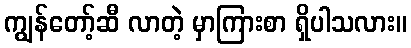
ကျွန်တော့်ဆီ လာတဲ့ မှာကြားစာ ရှိပါသလား။